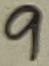
Text: 9